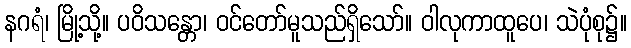
နဂရံ၊ မြို့သို့။ ပဝိသန္တော၊ ဝင်တော်မူသည်ရှိသော်။ ဝါလုကာထူပေ၊ သဲပုံစု၌။